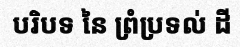
បរិបទ នៃ ព្រំប្រទល់ ដី